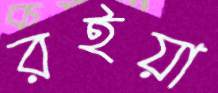
রইয়া